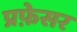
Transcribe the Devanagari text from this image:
प्रफ़ेसर